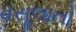
વસૂલાતો